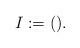
LaTeX: \begin{align*} I:= ().\end{align*} %\end{align*}